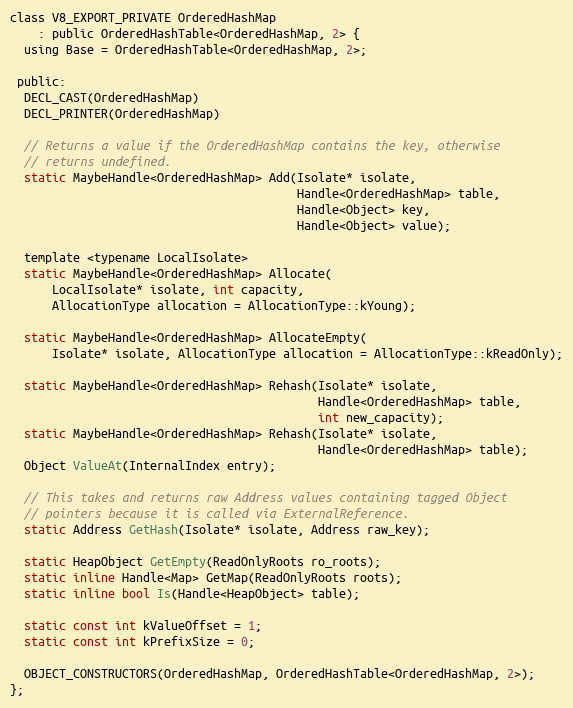
Language: C
class V8_EXPORT_PRIVATE OrderedHashMap
    : public OrderedHashTable<OrderedHashMap, 2> {
  using Base = OrderedHashTable<OrderedHashMap, 2>;

 public:
  DECL_CAST(OrderedHashMap)
  DECL_PRINTER(OrderedHashMap)

  // Returns a value if the OrderedHashMap contains the key, otherwise
  // returns undefined.
  static MaybeHandle<OrderedHashMap> Add(Isolate* isolate,
                                         Handle<OrderedHashMap> table,
                                         Handle<Object> key,
                                         Handle<Object> value);

  template <typename LocalIsolate>
  static MaybeHandle<OrderedHashMap> Allocate(
      LocalIsolate* isolate, int capacity,
      AllocationType allocation = AllocationType::kYoung);

  static MaybeHandle<OrderedHashMap> AllocateEmpty(
      Isolate* isolate, AllocationType allocation = AllocationType::kReadOnly);

  static MaybeHandle<OrderedHashMap> Rehash(Isolate* isolate,
                                            Handle<OrderedHashMap> table,
                                            int new_capacity);
  static MaybeHandle<OrderedHashMap> Rehash(Isolate* isolate,
                                            Handle<OrderedHashMap> table);
  Object ValueAt(InternalIndex entry);

  // This takes and returns raw Address values containing tagged Object
  // pointers because it is called via ExternalReference.
  static Address GetHash(Isolate* isolate, Address raw_key);

  static HeapObject GetEmpty(ReadOnlyRoots ro_roots);
  static inline Handle<Map> GetMap(ReadOnlyRoots roots);
  static inline bool Is(Handle<HeapObject> table);

  static const int kValueOffset = 1;
  static const int kPrefixSize = 0;

  OBJECT_CONSTRUCTORS(OrderedHashMap, OrderedHashTable<OrderedHashMap, 2>);
};